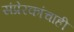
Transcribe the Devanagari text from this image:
संप्रेरकांचाही